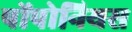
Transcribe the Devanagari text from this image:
पोंपोनियस